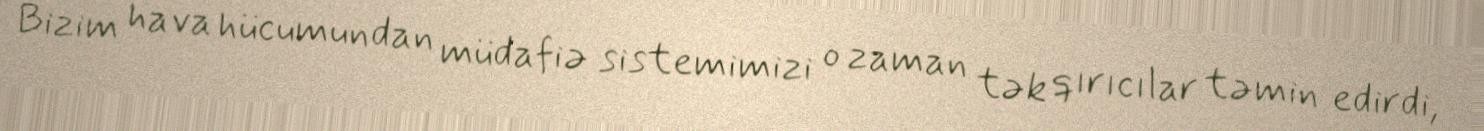
Bizim hava hücumundan müdafiə sistemimizi o zaman tək qırıcılar təmin edirdi,